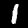
Label: 1